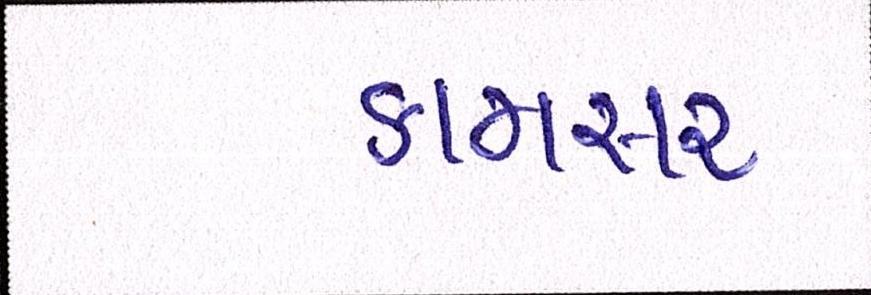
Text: કામસર